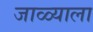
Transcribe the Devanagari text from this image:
जाळ्याला